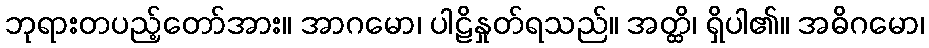
ဘုရားတပည့်တော်အား။ အာဂမော၊ ပါဠိနှုတ်ရသည်။ အတ္ထိ၊ ရှိပါ၏။ အဓိဂမော၊